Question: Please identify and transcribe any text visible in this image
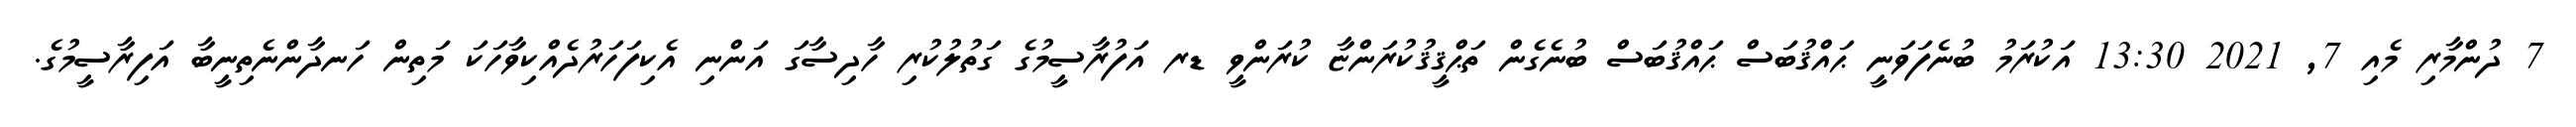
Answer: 7 ދުންމާރި މެއި 7, 2021 13:30 އަކުރަމު ބުނެފަވަނީ ޙައްޤުބަސް ޙައްޤުބަސް ބުނެގެން ތަޙްޤީޤުކުރަންޏާ ކުރަންވީ ޑރ އަފުރާސީމުގެ ގަތުލުކުރި ހާދިސާގަ އަންނި އެކިފަހަރުދެއްކިވާހަކަ މަތިން ހަނދާންނެތިނީބާ އަފިރާސީމުގެ.